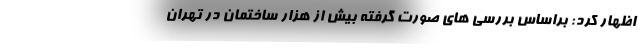
اظهار کرد: براساس بررسی های صورت گرفته بیش از هزار ساختمان در تهران